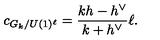
c _ { G _ { k } / U ( 1 ) ^ { \ell } } = \frac { k h - h ^ { \vee } } { k + h ^ { \vee } } \ell .